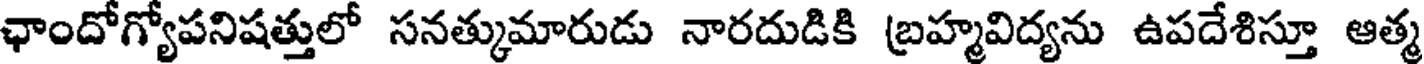
ఛాందోగ్యోపనిషత్తులో సనత్కుమారుడు నారదుడికి బ్రహ్మవిద్యను ఉపదేశిస్తూ ఆత్మ